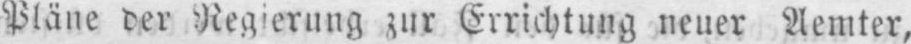
Pläne der Regierung zur Errichtung neuer Aemter,